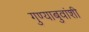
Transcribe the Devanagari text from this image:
गुण्याबुवांशी